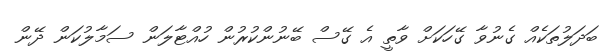
ބަދަލުތަކެއް ގެނުވާ ގޭހަކަށް ވާތީ އެ ގޭސް ބޭނުންކުރުން ހުއްޓާލަން ސަމާލުކަން ދޭން